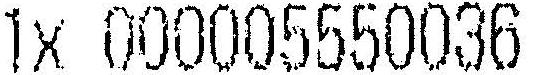
1X 000005550036